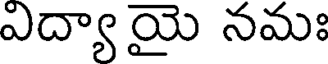
ఎద్యా యై నమః